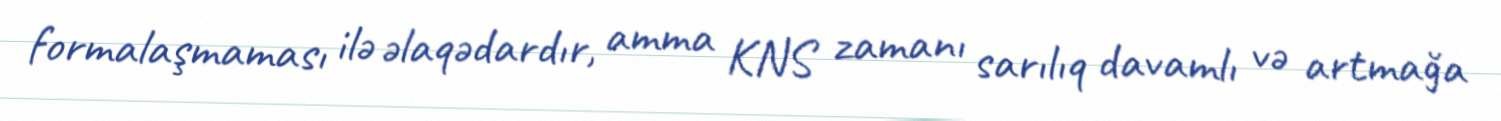
formalaşmaması ilə əlaqədardır, amma KNS zamanı sarılıq davamlı və artmağa